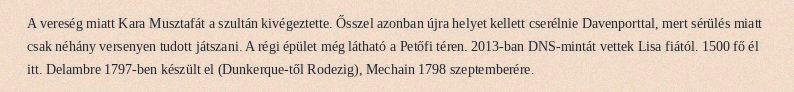
A vereség miatt Kara Musztafát a szultán kivégeztette. Ősszel azonban újra helyet kellett cserélnie Davenporttal, mert sérülés miatt csak néhány versenyen tudott játszani. A régi épület még látható a Petőfi téren. 2013-ban DNS-mintát vettek Lisa fiától. 1500 fő él itt. Delambre 1797-ben készült el (Dunkerque-től Rodezig), Mechain 1798 szeptemberére.